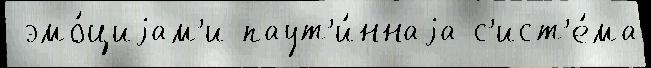
 эмо́циjам'и паут'и́ннаjа с'ист'е́ма